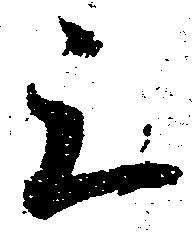
上